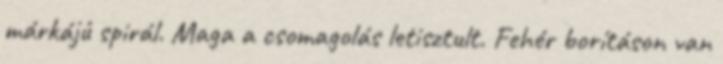
márkájú spirál. Maga a csomagolás letisztult. Fehér borításon van